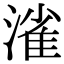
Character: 𣼎